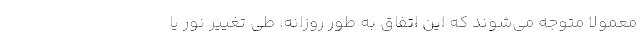
معمولاً متوجه می‌شوند که این اتفاق به طور روزانه، طی تغییر نور یا